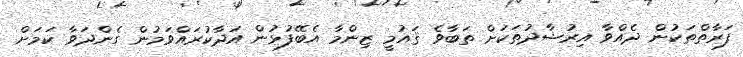
ފަރާތްތަކުން ދެއްވާ އިރުޝާދުތަކަށް ތަބާވެ ޤައުމީ ޒިންމާ އެބޭފުޅުން އަދާކުރައްވަމުން ގެންދަވާ ކަމަށް